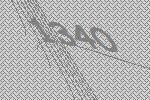
1340